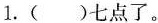
1.()七点了。